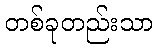
တစ်ခုတည်းသာ